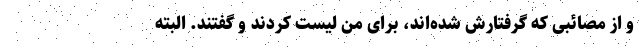
و از مصائبی که گرفتارش شده‌اند، برای من لیست کردند و گفتند. البته